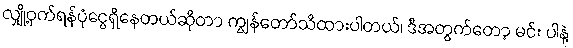
လျှို့ဝှက်ရန်ပုံငွေရှိနေတယ်ဆိုတာ ကျွန်တော်သိထားပါတယ်၊ ဒီအတွက်တော့ မင်း ပါနဲ့